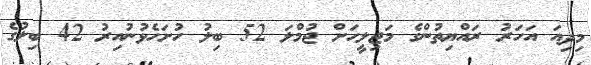
މިދިއަ އަހަރު ރައްޔިތުންގެ މަޖިލީހަށް ޖުމްލަ 52 ބިލު ހުށަހެޅުނުއިރު 42 ބިލުގެ